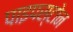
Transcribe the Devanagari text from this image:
पाइपस्टोन